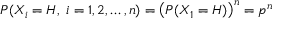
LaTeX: P ( X _ { i } = H , \ i = 1 , 2 , \dots , n ) = \left( P ( X _ { 1 } = H ) \right) ^ { n } = p ^ { n }